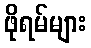
ဖိုရမ်များ